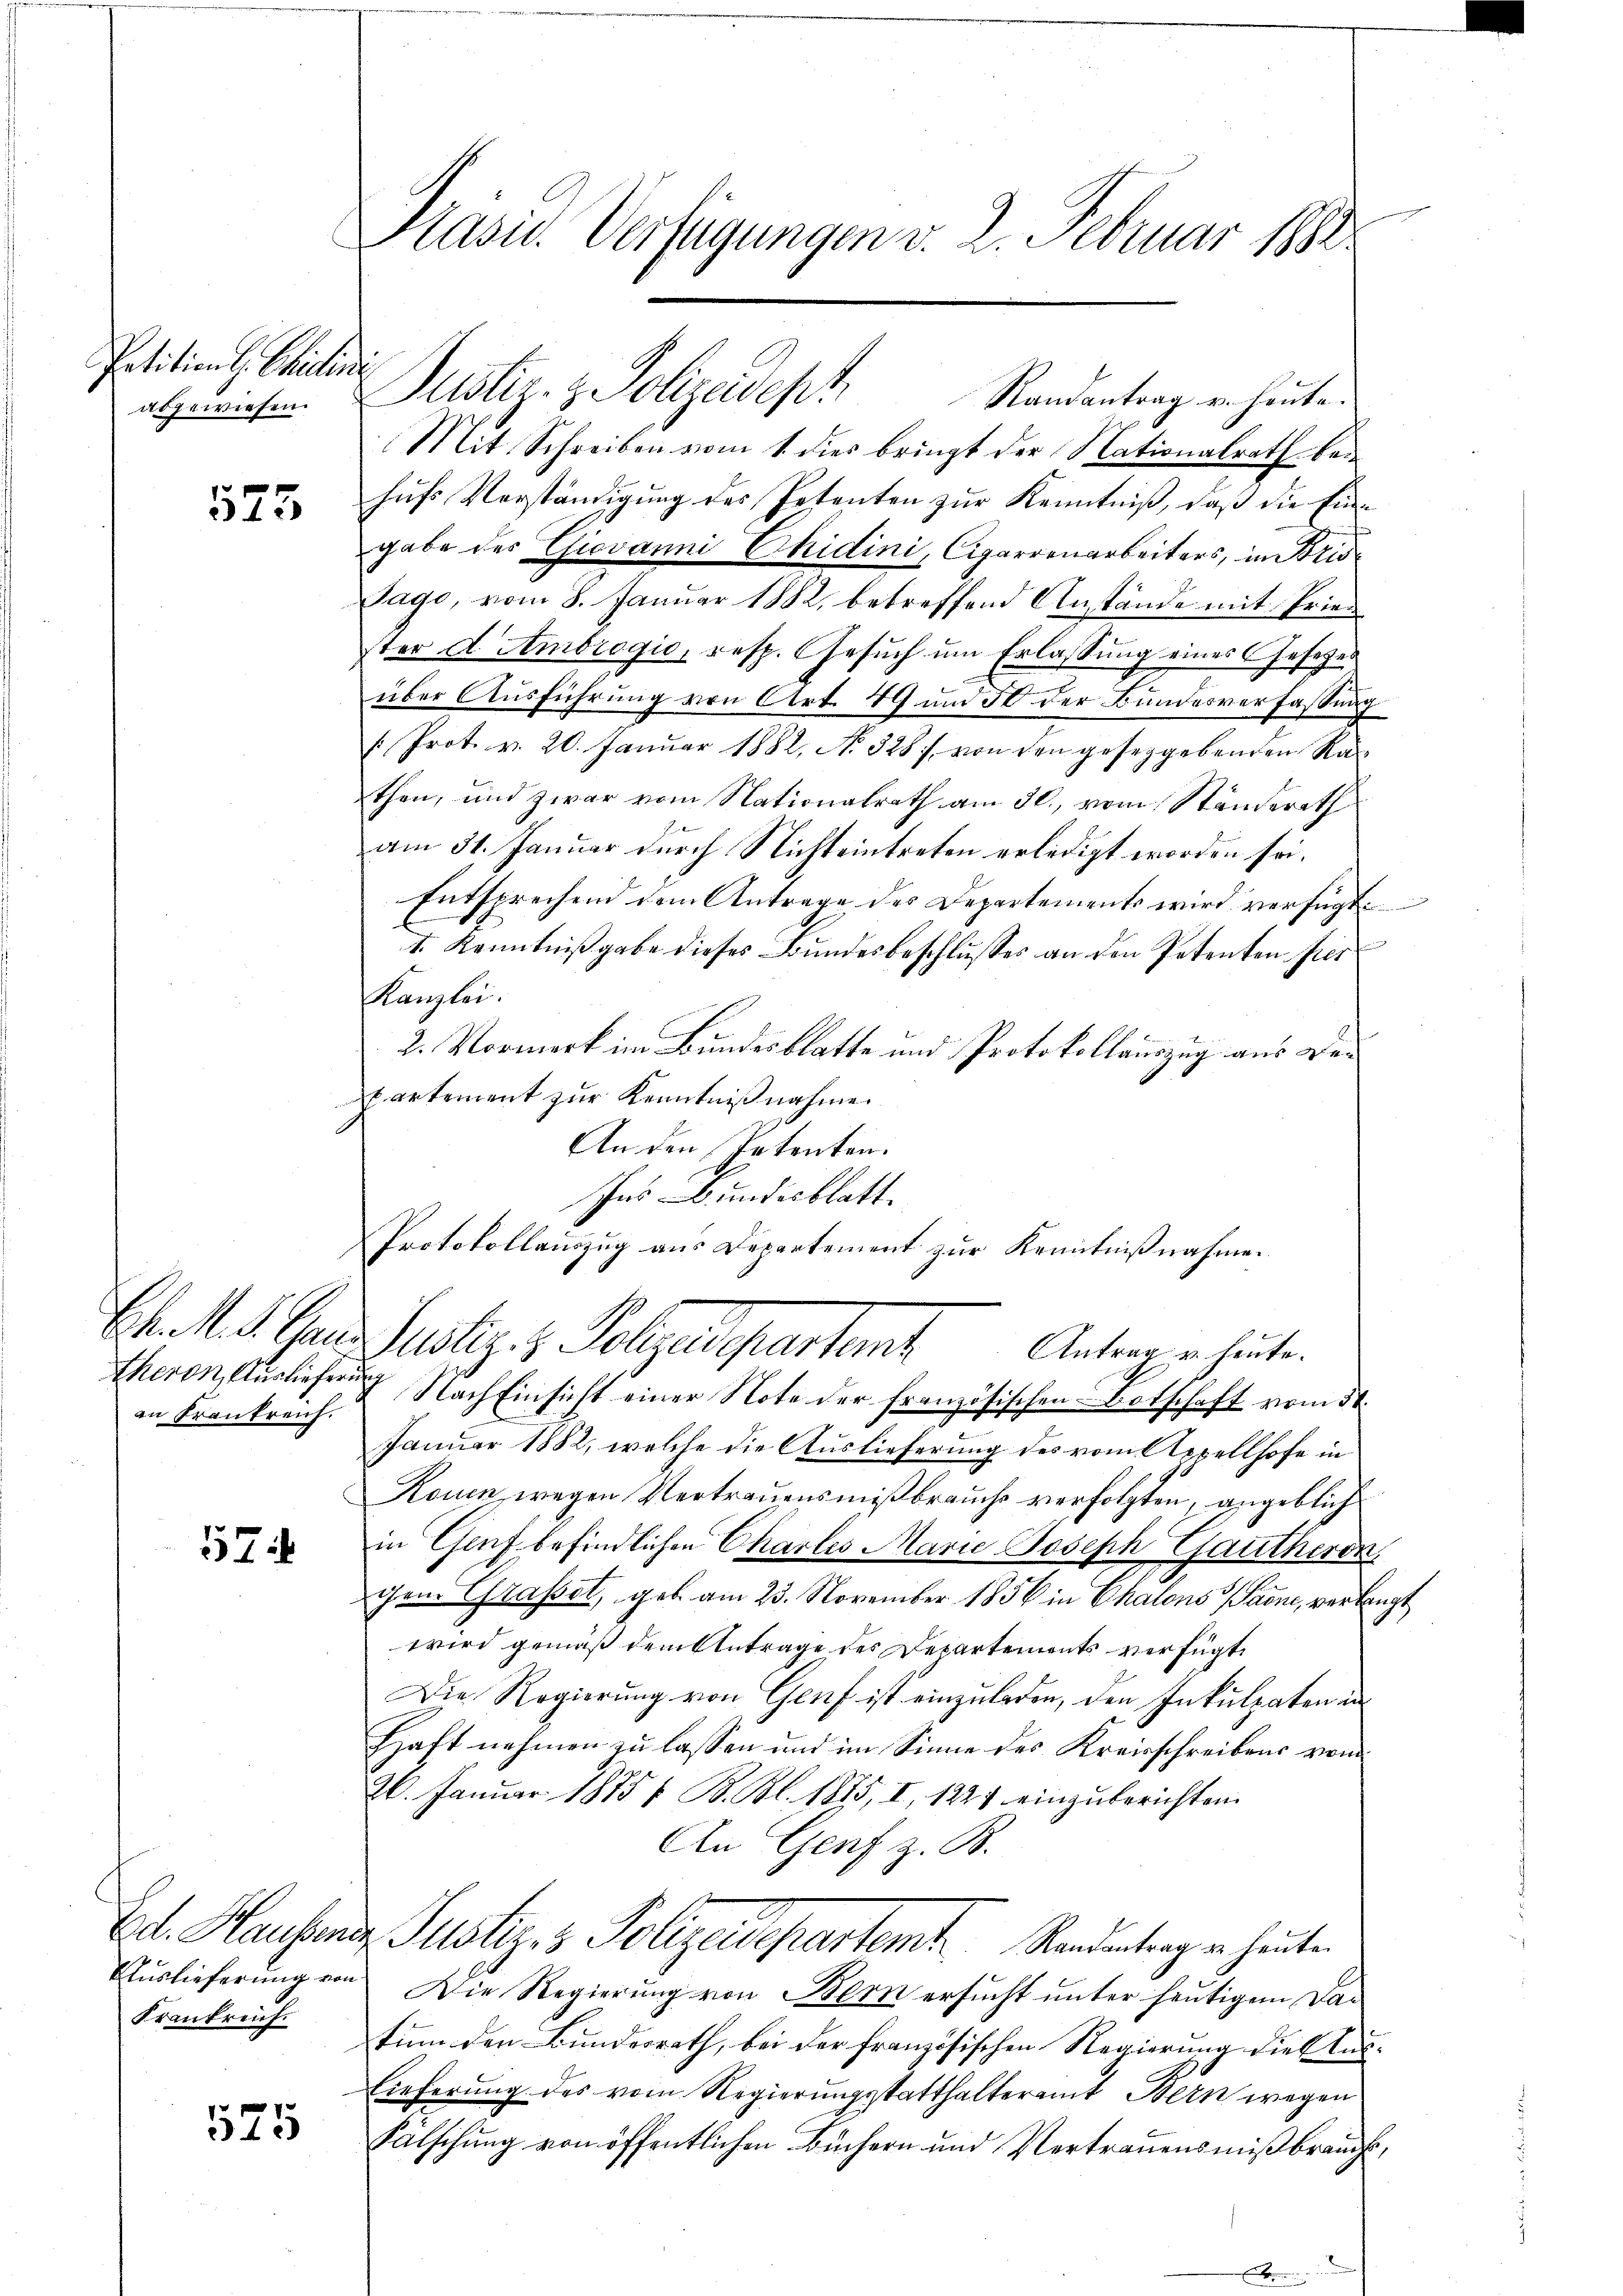
Petitions-Chidlini
abgewiesen.

573

an Frankreich.

7

Frankreich.

1525

Pasid. Verfügungen v. 2. Februar 1882

Mit Schreiben vom 1. dies bringt der Nationalrath bei
hufs Verständigung des Petenten zur Kenntniß, daß die Eingabe des Giovanni Chidini, Cigarrenarbeiters, in Bris¬
Tage, vom 8. Januar 1882, betreffend Anstände mit Priester d. Ambrogio, resp. Gesŭch ŭm Erlassŭng eines Gesetzes
über Ausführung von Art. 49 und 50 der Bundesverfassung
s. Prot. v. 20. Januar 1882, No 328 f. von den geseggebenden Rathen, und zwar vom Nationalrath am 30. vom Ständerath
am 31. Januar durch Nichteintreten erledigt worden sei.
Entsprechend dem Antrage des Departements wird verfügt
I. Kenntnißgabe dieses Bundesbeschlusses an den Petenten per
Kanzlei.
2. Vormerk im Bundesblatte und Protokollauszug aus Dekartement zur Kenntnißnahmen
An den Intenten.
Ins Bundesblatt
Protokollauszug aus Departement zur Kenntnißnahme
Ehen St. Garn Justiz- & Polyedepartamt Antra er heute.
theron, Auslieferung Nach Einsicht einer Note der französischen Botschaft vom 5t.
Januar 1882, welche die Auslieferung des vom Appellhofe in
Rouen, wegen Vertrauensmißbrauche verfolgten, angeblich
in Genf befindlichen Chartes Marie Joseph Gautheron
gem Grasset, geb. am 23. November 1856 in Chalons Paone, verlangt
wird gemäß dem Antrage des Departements verfügt,
Die Regierung von Genf ist einzuladen, den Inkulpaten in
Haft nehmen zu lassen und im Sinne des Kreisschreibens vom
26. Januar 1875/ B. Bl. 1815, I, 1224 einzuberichten.
An Genf z. B.
Erl. Hausende Justiz & Polizeidepartemt. Randentrag in heuten
Aŭslieferŭng von Die Regierŭng von Bern ersŭcht ŭnter heŭtigem Dar
tum den Bundesrath, bei der französischen Regierung dies Aus¬
Lieferung des vom Regierungsstatthalteramt Bern wegen
Falschung von öffentlichen Büchern und Vertrauensmißbrauch¬

Justiz- & Polizeidept. Randantrag in heute.